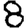
Digit: 8